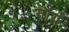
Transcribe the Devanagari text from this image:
गौर्य